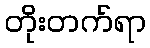
တိုးတက်ရာ